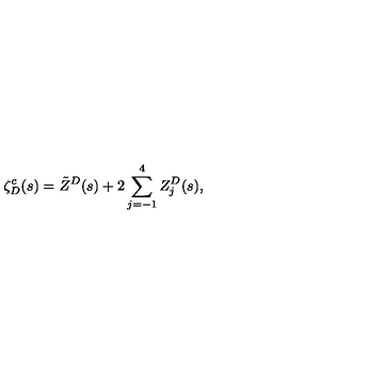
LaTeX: \zeta _ { D } ^ { c } ( s ) = \tilde { Z } ^ { D } ( s ) + 2 \sum _ { j = - 1 } ^ { 4 } Z _ { j } ^ { D } ( s ) { , }